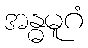
အန္ဓမူဂံ